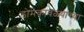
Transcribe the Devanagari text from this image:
डोमकावळ्याच्या